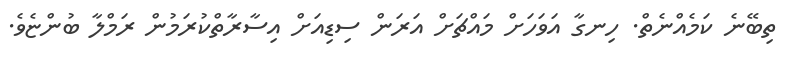
ތިބޭނެ ކަމެއްނެތް. ހިނގާ އަވަހަށް މައްޗަށް އަރަން ސިޑިއަށް އިސާރާތްކުރަމުން ރަމްލާ ބުންޏެވެ.